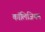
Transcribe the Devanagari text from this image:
कॉलिजियम